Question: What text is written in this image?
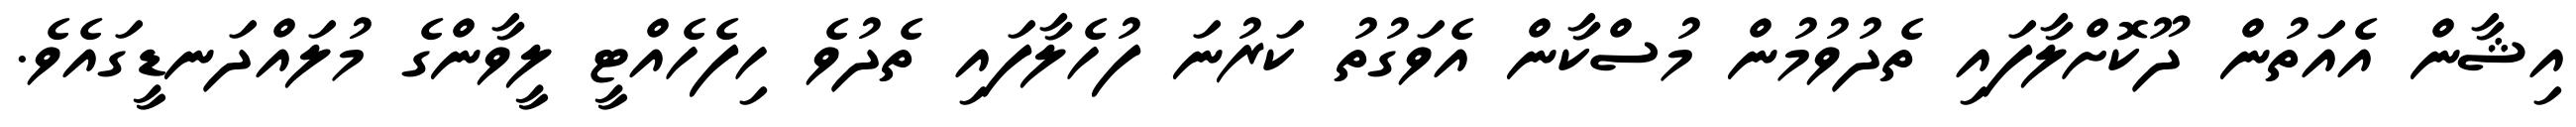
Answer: އިޝާން އެއަތުން ދޫކޮށްލާފައި ތެދުވުމުން މުސްކާން އެވަގުތު ކަރުނަ ފުހެލާފައި ތެދުވެ ހިފެހެއްޓީ ލީވާންގެ މުލައްދަނޑީގައެވެ.